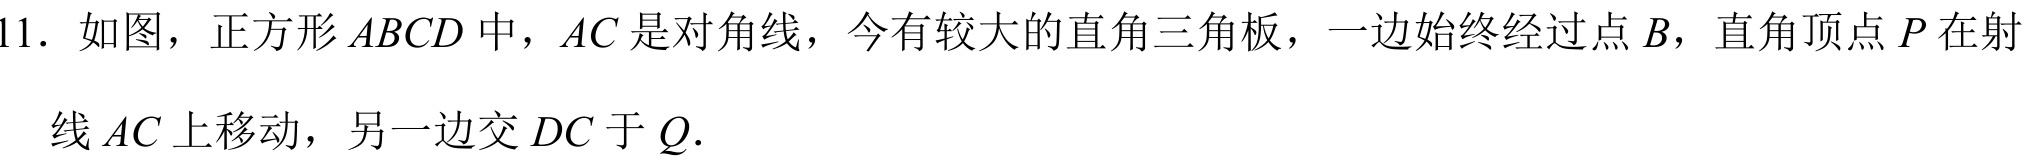
11. 如图，正方形 \(ABCD\) 中，\(AC\) 是对角线，今有较大的直角三角板，一边始终经过点 \(B\)，直角顶点 \(P\) 在射线 \(AC\) 上移动，另一边交 \(DC\) 于 \(Q\).